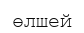
өлшей